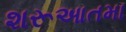
શરૂઆતમા